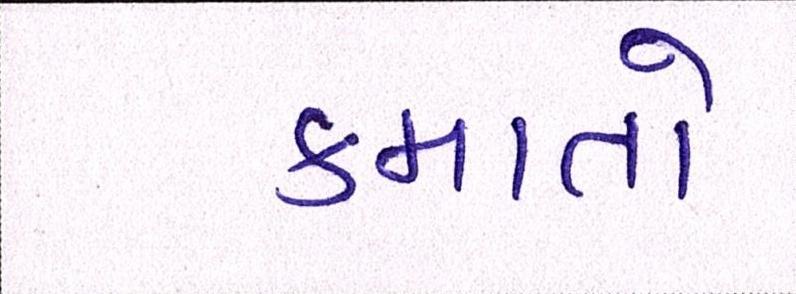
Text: કમાતો